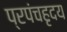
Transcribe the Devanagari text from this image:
प्रपंचहृदय